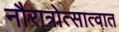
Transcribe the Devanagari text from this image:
नौरात्रोत्सात्वात